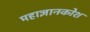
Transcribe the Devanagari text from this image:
महाज्ञानकोश